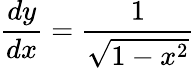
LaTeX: {\frac{dy}{dx}}={\frac{1}{\sqrt{1-x^{2}}}}